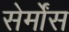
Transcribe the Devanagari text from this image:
सेर्मोंस